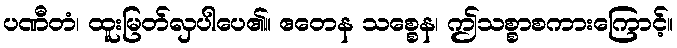
ပဏီတံ၊ ထူးမြတ်လှပါပေ၏။ ဧတေန သစ္စေန၊ ဤသစ္စာစကားကြောင့်။